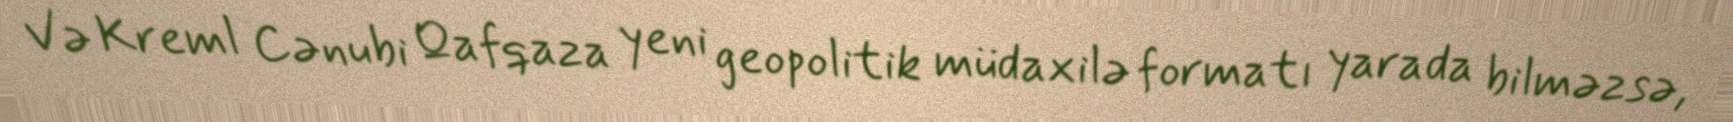
Və Kreml Cənubi Qafqaza yeni geopolitik müdaxilə formatı yarada bilməzsə,